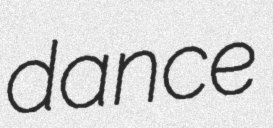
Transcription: dance